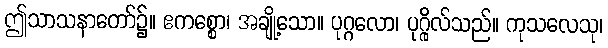
ဤသာသနာတော်၌။ ဧကစ္စော၊ အချို့သော။ ပုဂ္ဂလော၊ ပုဂ္ဂိုလ်သည်။ ကုသလေသု၊